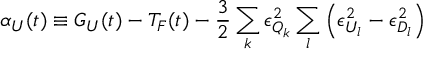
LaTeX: \alpha _ { U } ( t ) \equiv G _ { U } ( t ) - T _ { F } ( t ) - \frac { 3 } { 2 } \sum _ { k } \epsilon _ { Q _ { k } } ^ { 2 } \sum _ { l } \left( \epsilon _ { U _ { l } } ^ { 2 } - \epsilon _ { D _ { l } } ^ { 2 } \right)